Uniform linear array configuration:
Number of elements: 32
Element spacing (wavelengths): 0.5
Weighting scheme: uniform
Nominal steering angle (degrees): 60
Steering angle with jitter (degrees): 59.96
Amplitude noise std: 0.05
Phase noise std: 0.05

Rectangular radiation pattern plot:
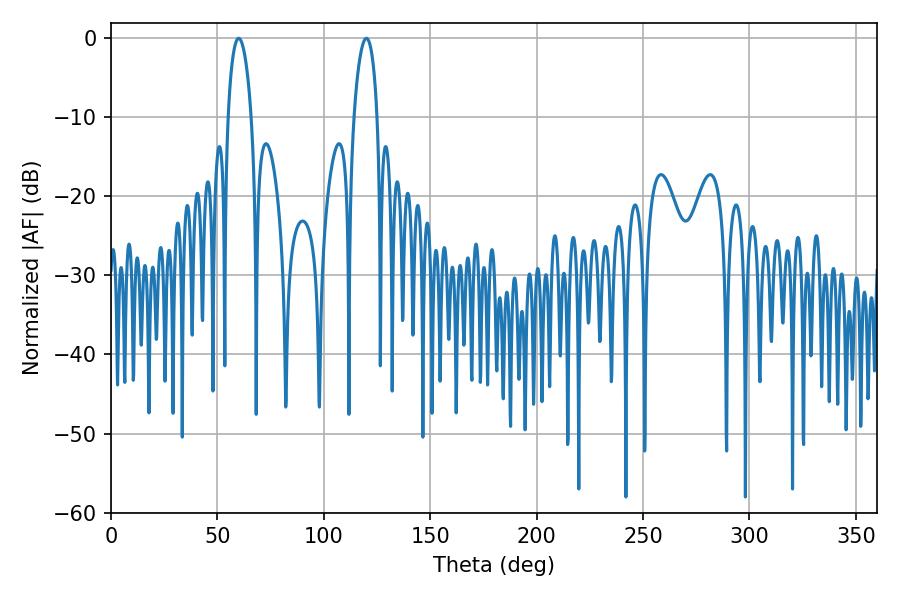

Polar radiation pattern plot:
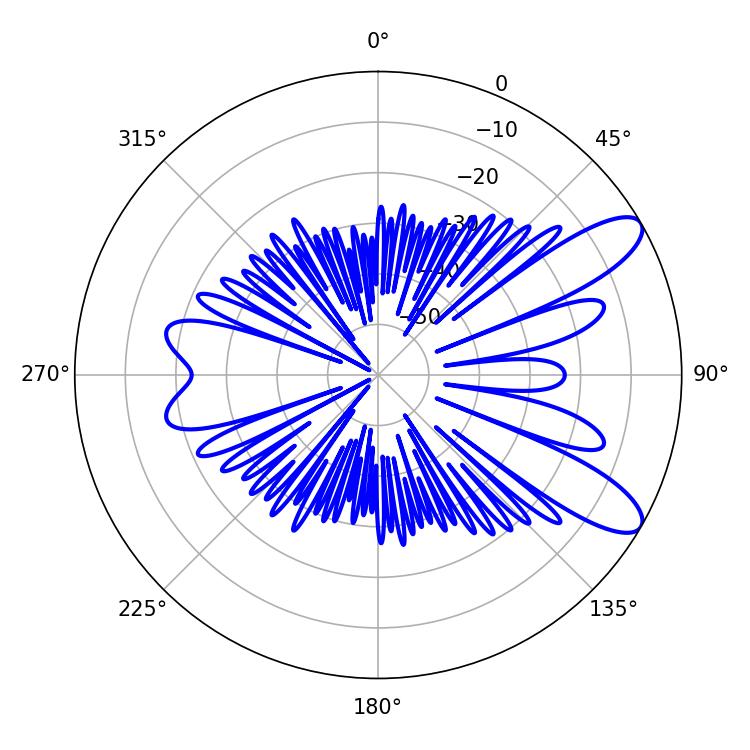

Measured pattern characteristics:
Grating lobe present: FALSE
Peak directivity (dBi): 9.889
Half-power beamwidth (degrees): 6.12
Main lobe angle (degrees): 59.94